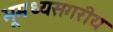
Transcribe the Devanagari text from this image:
भूमध्यसगरीय